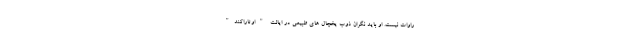
راوات نیست. او باید نگران ذوب یخچال های طبیعی در ایالت "اوتاراکند"